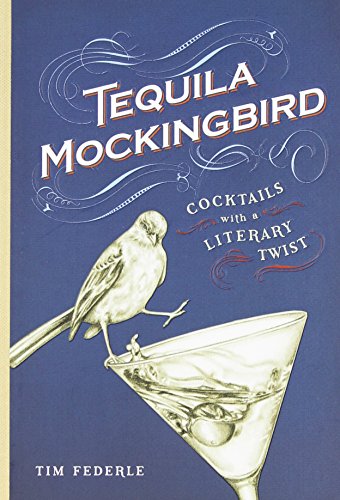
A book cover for Tequila Mockingbird: Cocktails with a Literary Twist; Tim Federle; Cookbooks, Food & Wine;